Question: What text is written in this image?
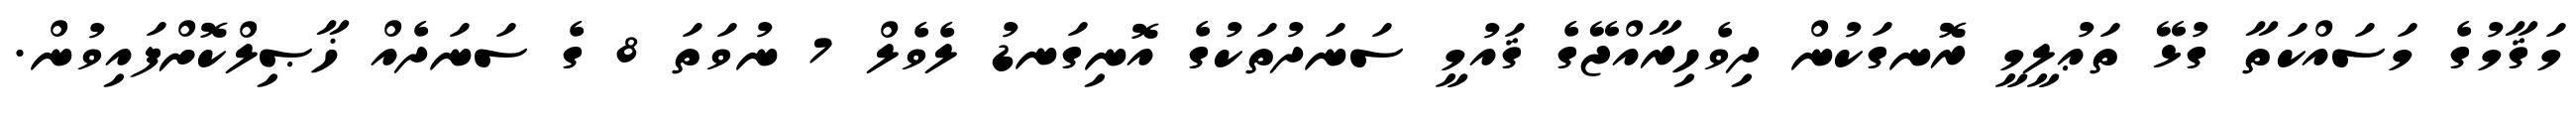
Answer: މަޤާމުގެ މަސައްކަތާ ގުޅޭ ތަޢުލީމީ ރޮނގަކުން ދިވެހިރާއްޖޭގެ ޤައުމީ ސަނަދުތަކުގެ އޮނިގަނޑު ލެވެލް 7 ނުވަތަ 8 ގެ ސަނަދެއް ޚާޞިލްކޮށްފައިވުން.